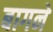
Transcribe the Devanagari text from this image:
बागने